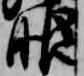
眼